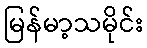
မြန်မာ့သမိုင်း